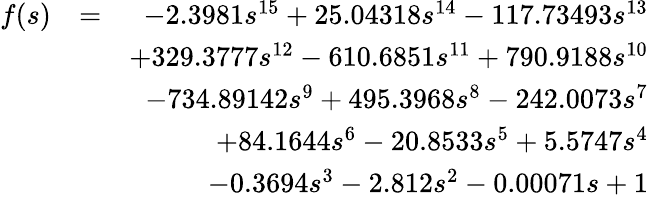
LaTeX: \begin{array}{rlr}{f(s)}&{=}&{-2.3981s^{15}+25.04318s^{14}-117.73493s^{13}}\\ &{}&{+329.3777s^{12}-610.6851s^{11}+790.9188s^{10}}\\ &{}&{-734.89142s^{9}+495.3968s^{8}-242.0073s^{7}}\\ &{}&{+84.1644s^{6}-20.8533s^{5}+5.5747s^{4}}\\ &{}&{-0.3694s^{3}-2.812s^{2}-0.00071s+1}\end{array}